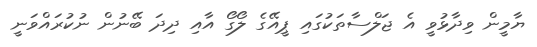
ޔާމީން ވިދާޅުވީ އެ ޖަލްސާތަކުގައި ޕީއޭގެ ލޯގޯ އާއި ދިދަ ބޭނުން ނުކުރައްވަނީ